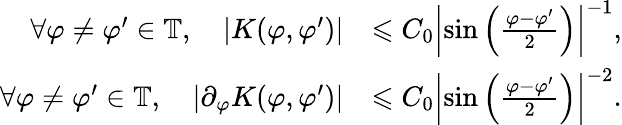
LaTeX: \begin{array}{rl}{\forall\varphi\neq\varphi^{\prime}\in\mathbb{T},\quad|K(\varphi,\varphi^{\prime})|}&{\leqslant C_{0}\left|\sin\left(\frac{\varphi-\varphi^{\prime}}{2}\right)\right|^{-1},}\\ {\forall\varphi\neq\varphi^{\prime}\in\mathbb{T},\quad|\partial_{\varphi}K(\varphi,\varphi^{\prime})|}&{\leqslant C_{0}\left|\sin\left(\frac{\varphi-\varphi^{\prime}}{2}\right)\right|^{-2}.}\end{array}